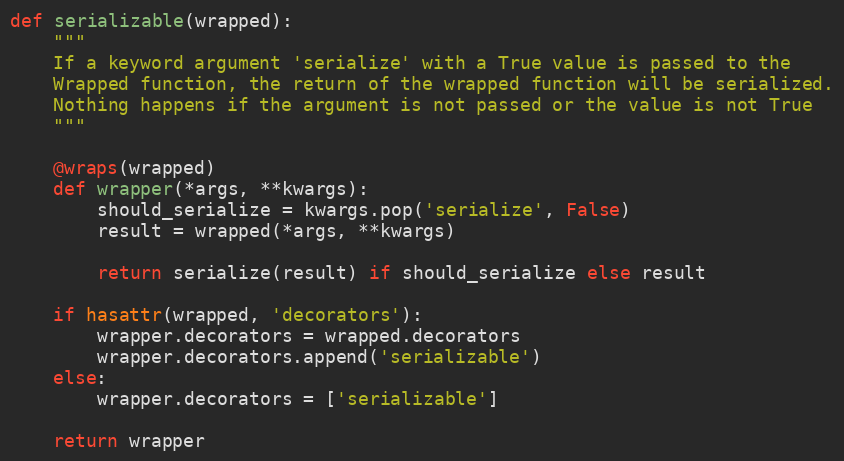
Language: Python
def serializable(wrapped):
    """
    If a keyword argument 'serialize' with a True value is passed to the
    Wrapped function, the return of the wrapped function will be serialized.
    Nothing happens if the argument is not passed or the value is not True
    """

    @wraps(wrapped)
    def wrapper(*args, **kwargs):
        should_serialize = kwargs.pop('serialize', False)
        result = wrapped(*args, **kwargs)

        return serialize(result) if should_serialize else result

    if hasattr(wrapped, 'decorators'):
        wrapper.decorators = wrapped.decorators
        wrapper.decorators.append('serializable')
    else:
        wrapper.decorators = ['serializable']

    return wrapper